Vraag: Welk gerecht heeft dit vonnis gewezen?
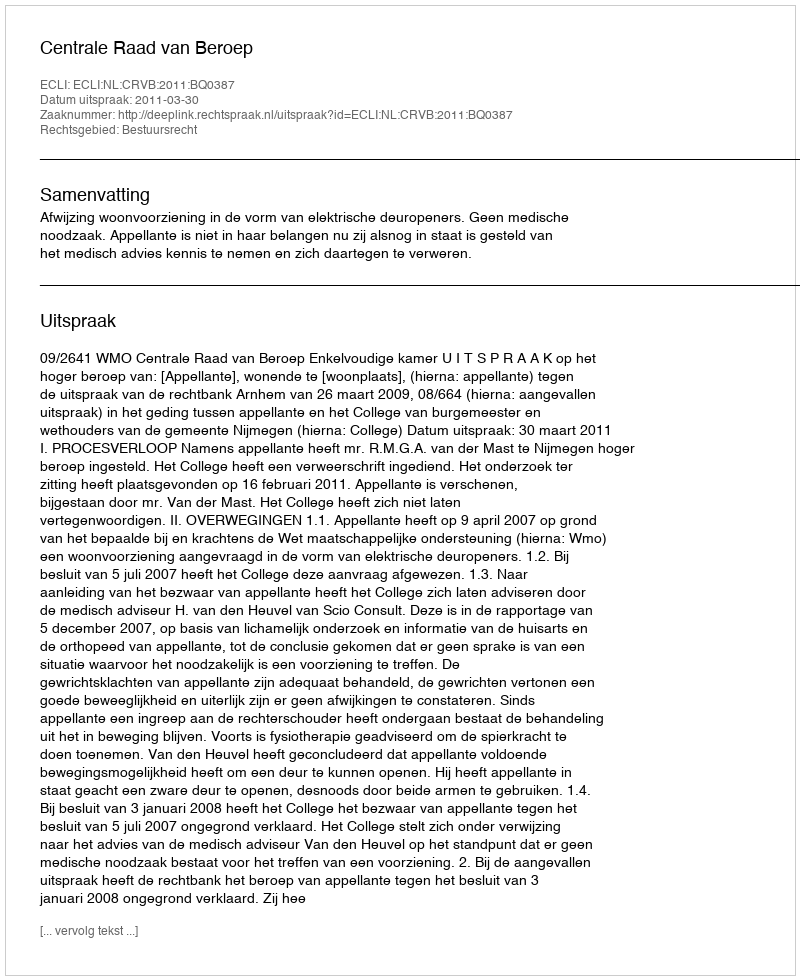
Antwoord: Centrale Raad van Beroep